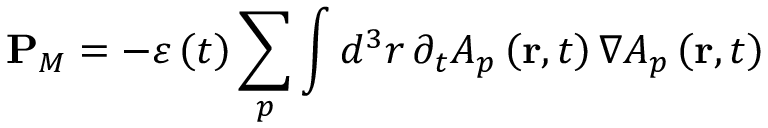
\mathbf { P } _ { M } = - \varepsilon \left( t \right) \sum _ { p } \int d ^ { 3 } r \, \partial _ { t } A _ { p } \left( \mathbf { r } , t \right) \nabla A _ { p } \left( \mathbf { r } , t \right)